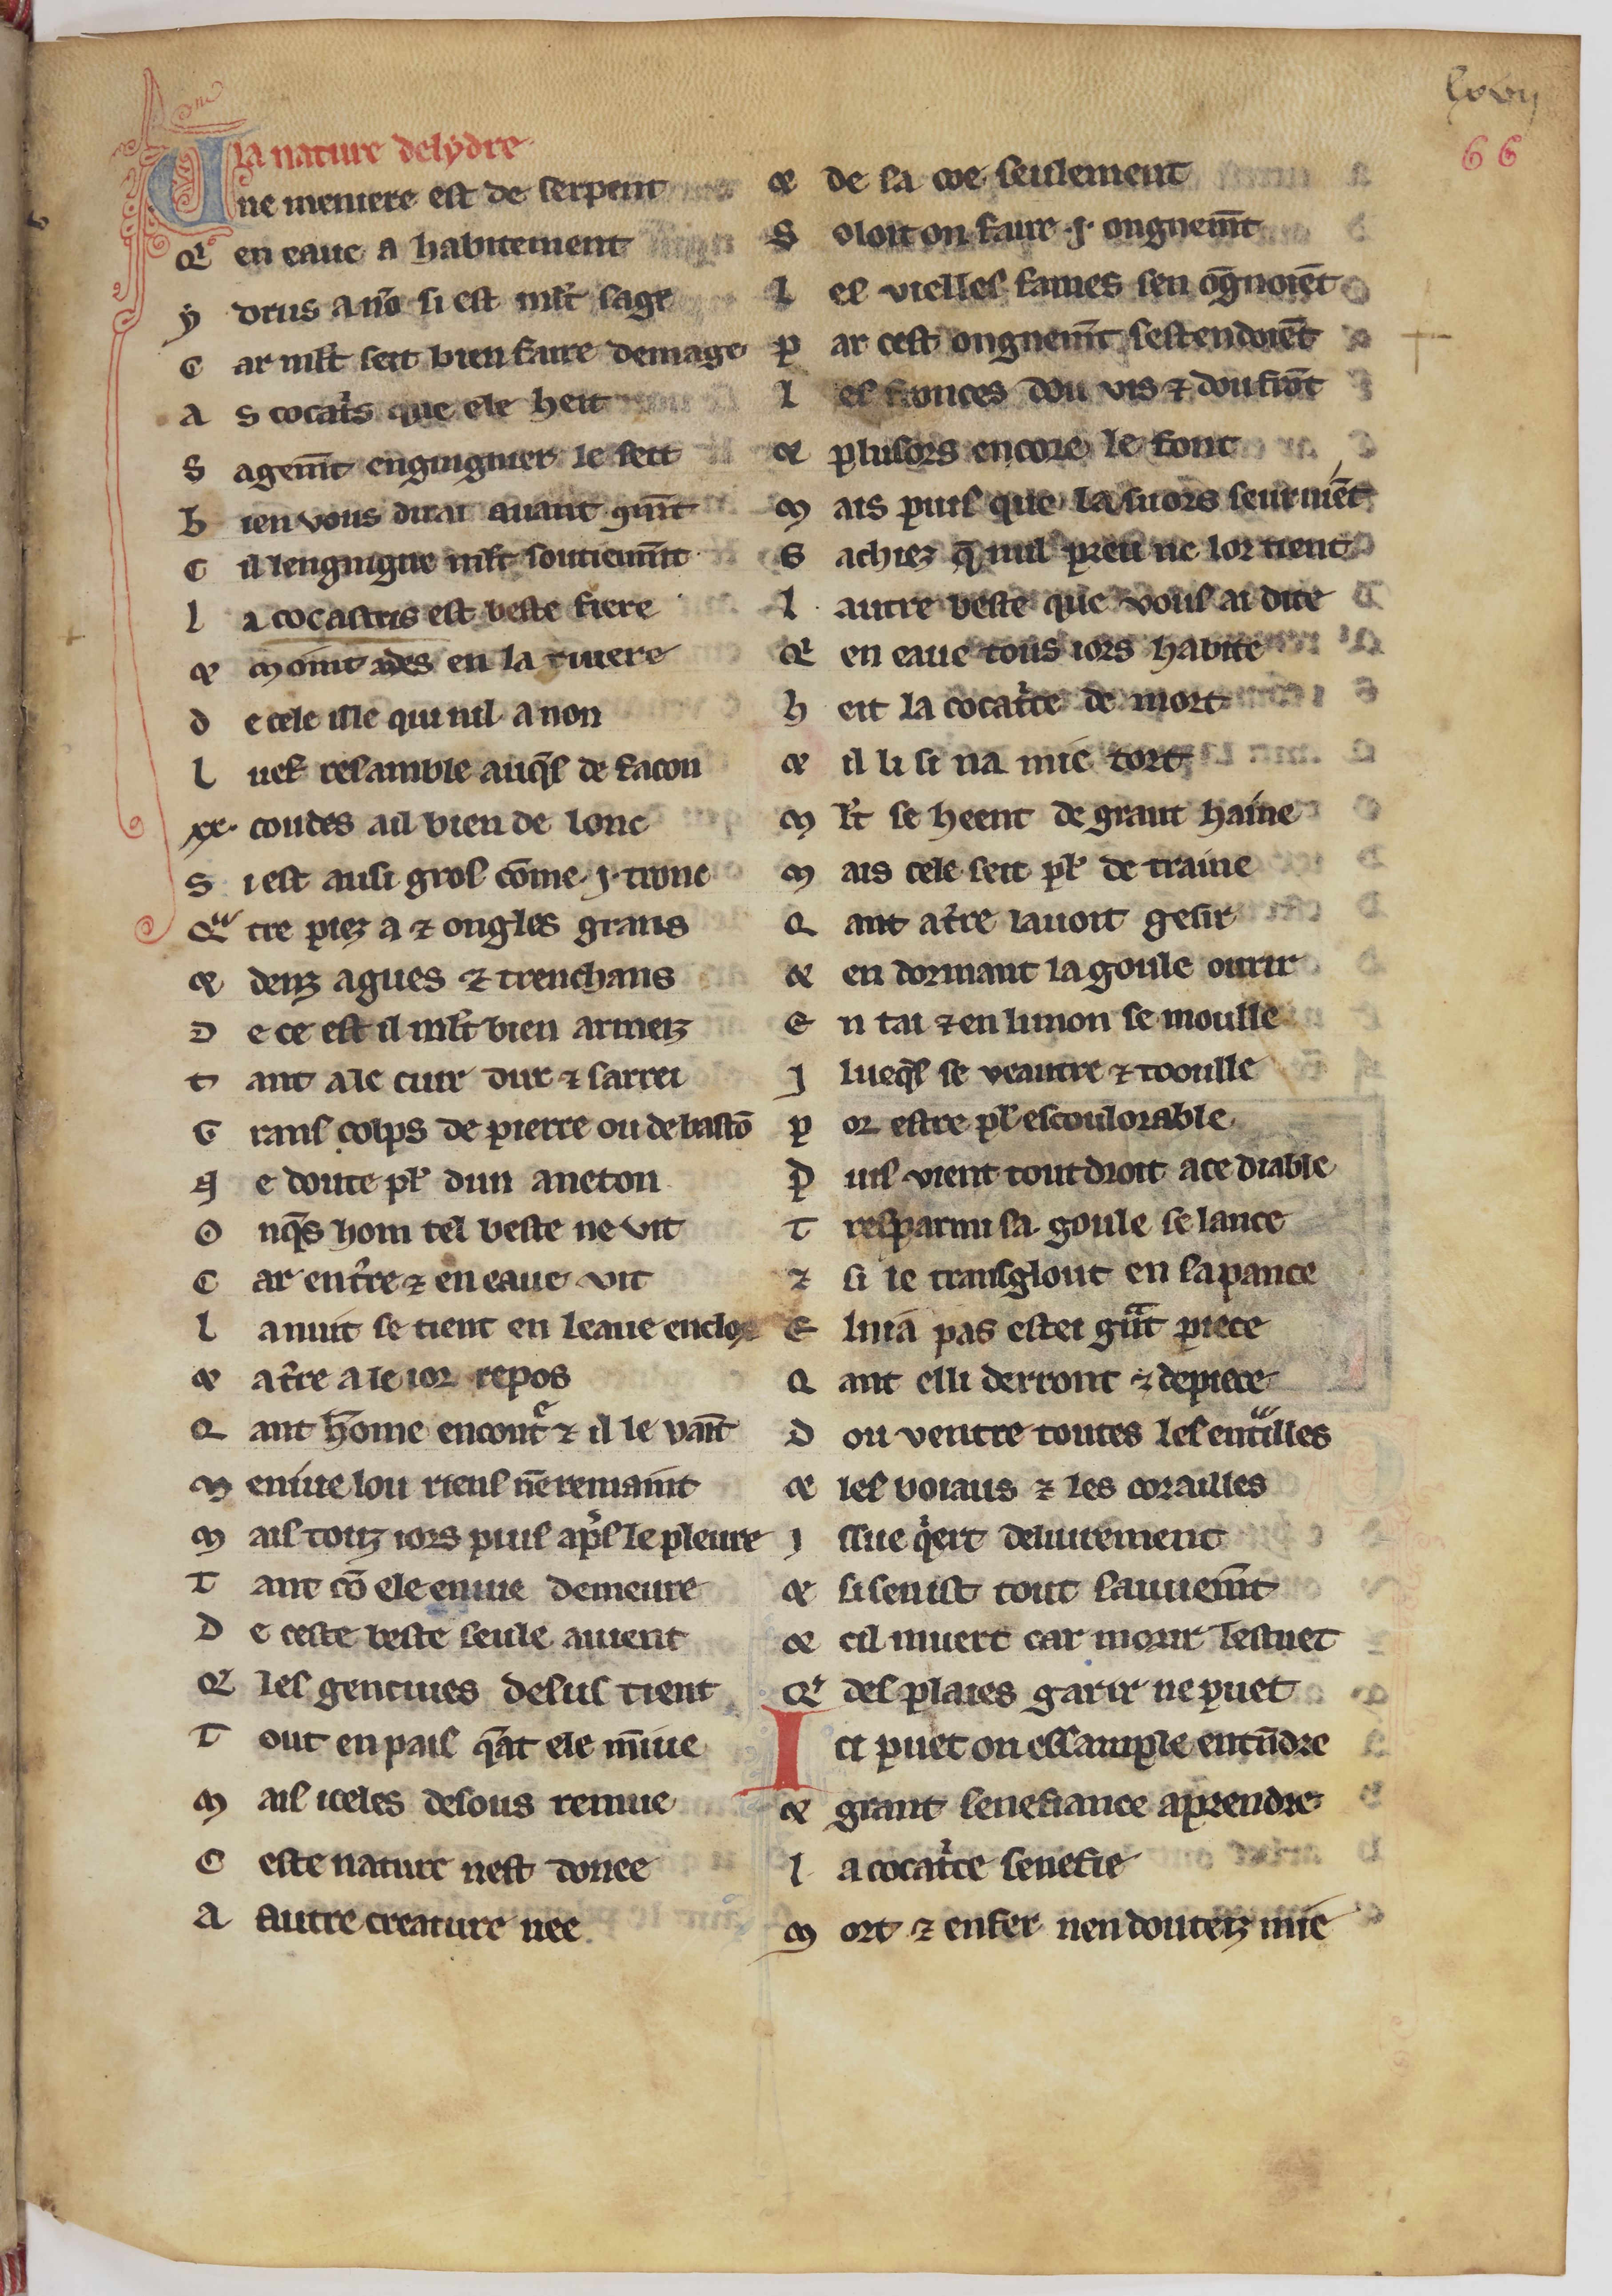
Shelfmark: Paris, BnF, fr. 24428
Century: 13